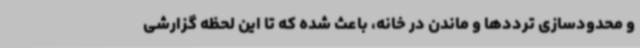
و محدودسازی ترددها و ماندن در خانه، باعث شده که تا این لحظه گزارشی